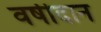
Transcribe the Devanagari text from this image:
वर्षीदान